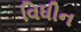
વિધીન